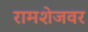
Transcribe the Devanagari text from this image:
रामशेजवर